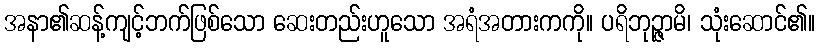
အနာ၏ဆန့်ကျင့်ဘက်ဖြစ်သော ဆေးတည်းဟူသော အရံအတားကကို။ ပရိဘုဉ္ဇာမိ၊ သုံးဆောင်၏။